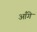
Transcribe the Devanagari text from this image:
आँगे